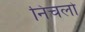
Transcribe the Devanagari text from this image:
निचलो